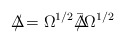
\begin{align*}\Delta \! \! \! \! / = \Omega^{1/2} {\bar \Delta }\! \! \! \! / \Omega^{1/2}\end{align*}